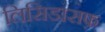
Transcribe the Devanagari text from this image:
लिसिडासफ़